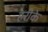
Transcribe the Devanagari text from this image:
हरीके